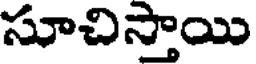
సూచిస్తాయి